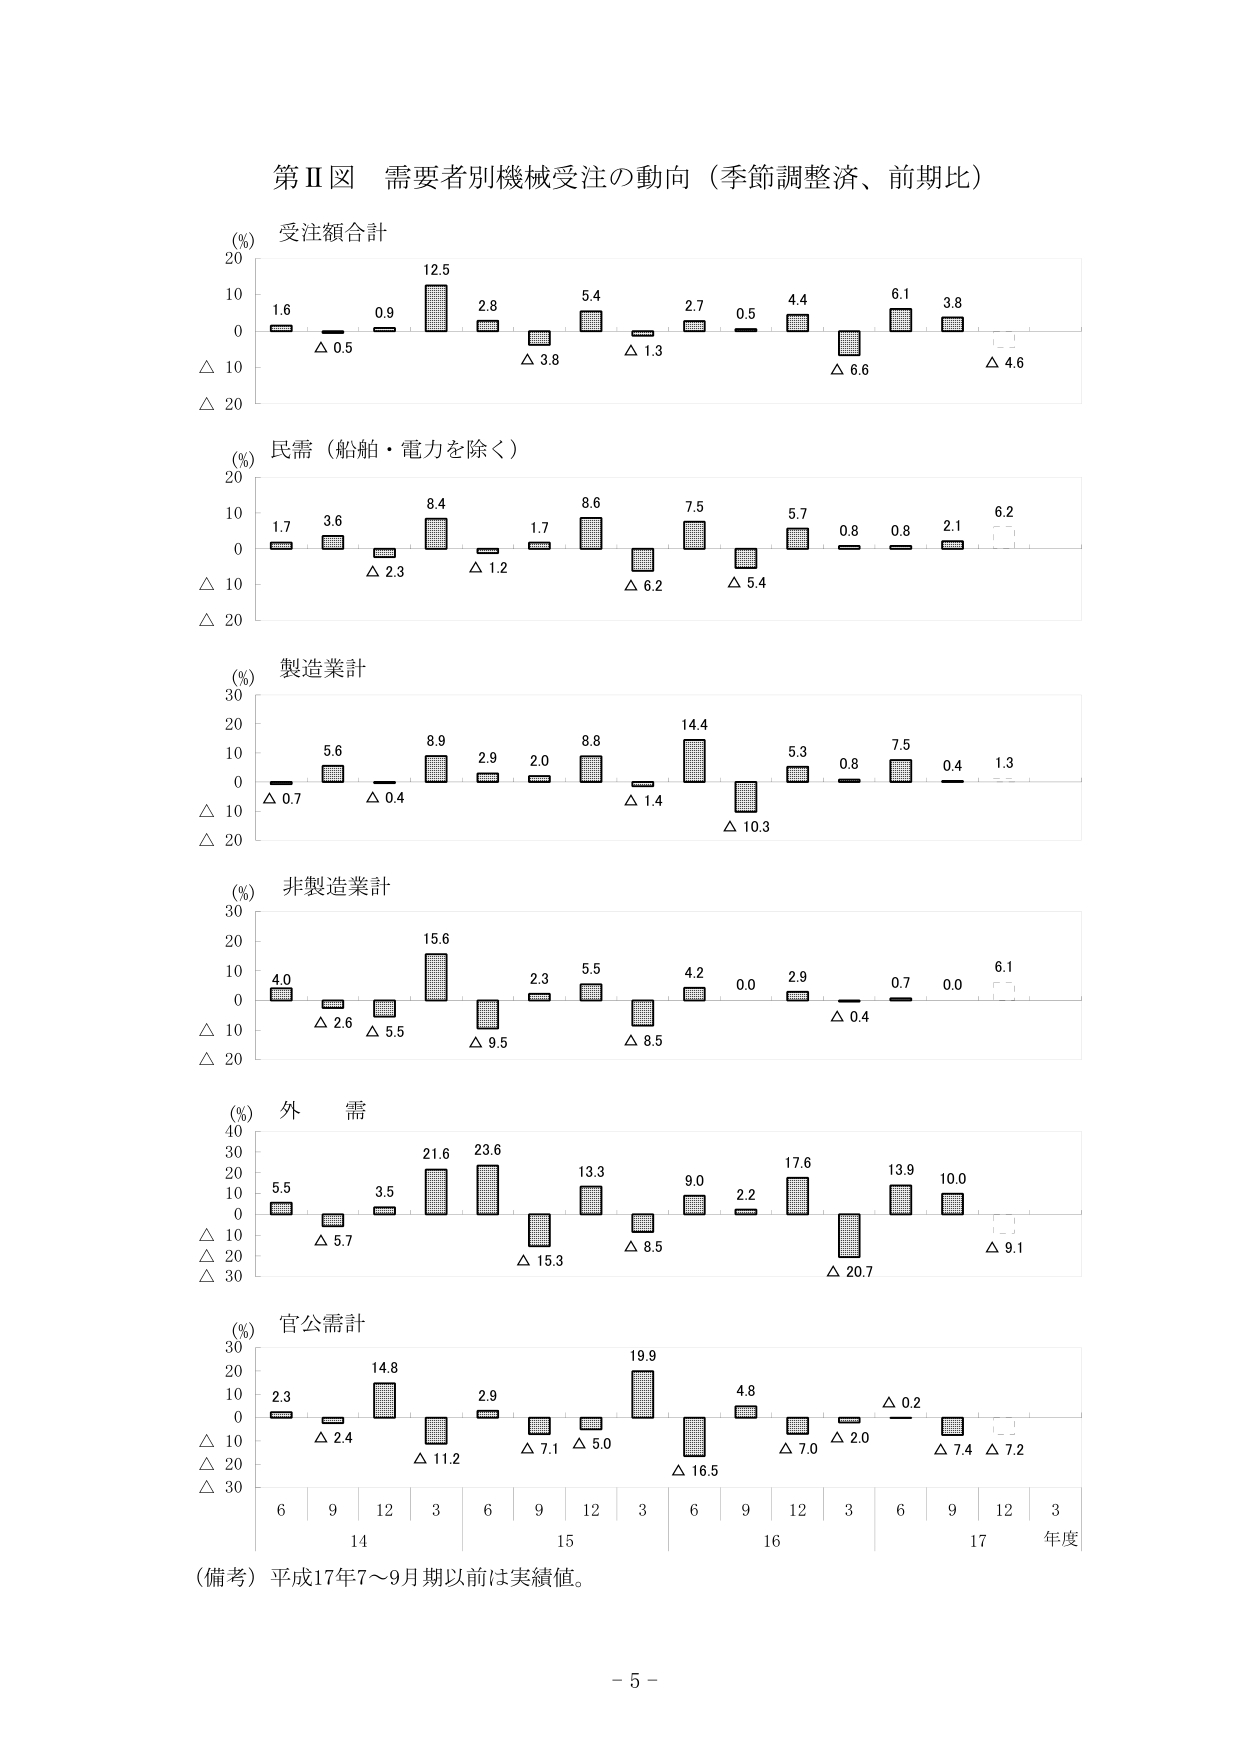
第Ⅱ図 需要者別機械受注の動向（季節調整済、前期比）

(%) 受注額合計
20
10
0
△ 10
△ 20
1.6 △ 0.5
0.9
12.5
2.8 △ 3.8
5.4
2.7 △ 1.3
0.5
4.4 △ 6.6
6.1
3.8 △ 4.6

(%) 民需（船舶・電力を除く）
20
10
0
△ 10
△ 20
1.7
3.6
8.4
1.7 △ 2.3
△ 1.2
8.6
7.5
5.7
0.8
0.8
2.1
6.2
△ 6.2
△ 5.4

(%) 製造業計
30
20
10
0
△ 10
△ 20
5.6
8.9
2.9
2.0
8.8
14.4
5.3
0.8
7.5
0.4
1.3
△ 0.7
△ 0.4
△ 1.4
△ 10.3

(%) 非製造業計
30
20
10
0
△ 10
△ 20
4.0
15.6
2.3
5.5
4.2
0.0
2.9
0.7
0.0
6.1
△ 2.6
△ 5.5
△ 9.5
△ 8.5
△ 0.4

(%) 外 需
40
30
20
10
0
△ 10
△ 20
△ 30
5.5
3.5
21.6
23.6
13.3
9.0
2.2
17.6
13.9
10.0
△ 5.7
△ 15.3
△ 8.5
△ 20.7
△ 9.1

(%) 官公需計
30
20
10
0
△ 10
△ 20
△ 30
2.3
14.8
2.9
19.9
4.8
△ 0.2
△ 2.4
△ 11.2
△ 7.1
△ 5.0
△ 16.5
△ 7.0
△ 2.0
△ 7.4
△ 7.2

6 9 12 3 6 9 12 3 6 9 12 3 6 9 12 3
14 15 16 17 年度

（備考）平成17年7～9月期以前は実績値。

- 5 -